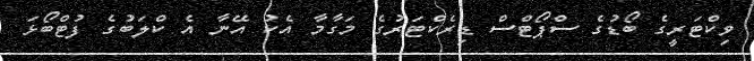
ވިކްޓަރީގެ ބޯޑުގެ ސްޕޯޓްސް ޑިރެކްޓަރުގެ މަގާމާ އެކު އޭނާ އެ ކްލަބުގެ ފުޓްބޯޅަ